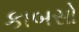
કાબસો